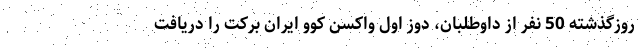
روزگذشته 50 نفر از داوطلبان، دوز اول واکسن کوو ایران برکت را دریافت